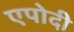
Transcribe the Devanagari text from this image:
एपोदी